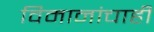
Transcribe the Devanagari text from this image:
विमानांचाही